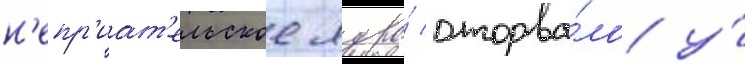
н'епр'иат'ельское ядро́ оторва́ло у́